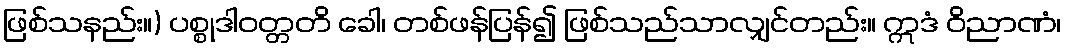
ဖြစ်သနည်း။) ပစ္စုဒါဝတ္တတိ ခေါ၊ တစ်ဖန်ပြန်၍ ဖြစ်သည်သာလျှင်တည်း။ ဣဒံ ဝိညာဏံ၊